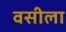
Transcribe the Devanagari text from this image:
वसीला